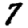
Digit: 7